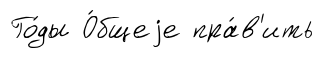
Го́ды О́бщеjе пра́в'ить